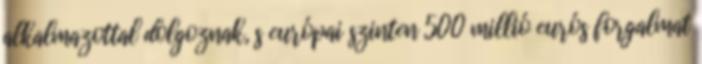
alkalmazottal dolgoznak, s európai szinten 500 millió eurós forgalmat